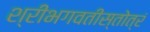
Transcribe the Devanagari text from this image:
श्रीभगवतीस्तोत्रं